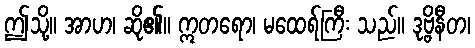
ဤသို့။ အာဟ၊ ဆို၏။ ဣတရော၊ မထေရ်ကြီး သည်။ ဒုဗ္ဗိနီတ၊